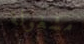
مشغولة